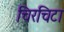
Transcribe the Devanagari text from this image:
चिरचिटा